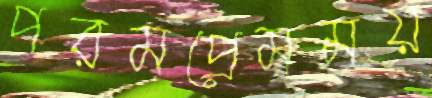
পরমপ্রেমময়